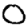
Digit: 0